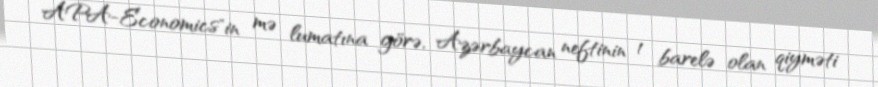
APA-Economics"in mə lumatına görə, Azərbaycan neftinin 1 barelə olan qiyməti